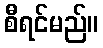
စီရင်မည်။